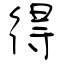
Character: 得